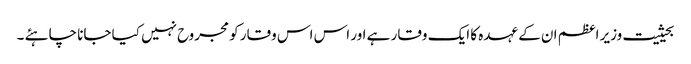
بحیثیت وزیر اعظم ان کے عہدہ کا ایک وقار ہے اور اس اس وقار کو مجروح نہیں کیا جانا چاہئے ۔